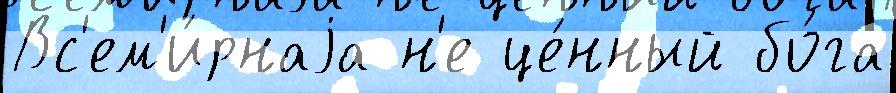
Вс'ем'и́рнаjа н'е це́нный бо́га